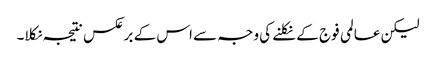
لیکن عالمی فوج کے نکلنے کی وجہ سے اس کے برعکس نتیجہ نکلا۔